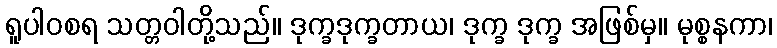
ရူပါဝစရ သတ္တဝါတို့သည်။ ဒုက္ခဒုက္ခတာယ၊ ဒုက္ခ ဒုက္ခ အဖြစ်မှ။ မုစ္စနကာ၊